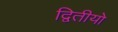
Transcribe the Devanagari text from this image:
द्वितीयो